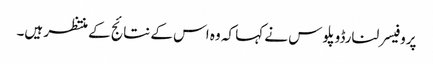
پروفیسر لنارڈوپلوس نے کہا کہ وہ اس کے نتائج کے منتظر ہیں۔